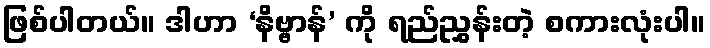
ဖြစ်ပါတယ်။ ဒါဟာ ‘နိဗ္ဗာန်’ ကို ရည်ညွှန်းတဲ့ စကားလုံးပါ။